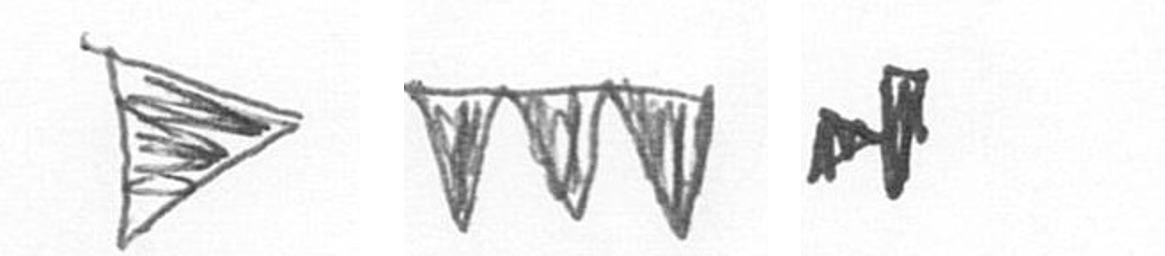
T L M